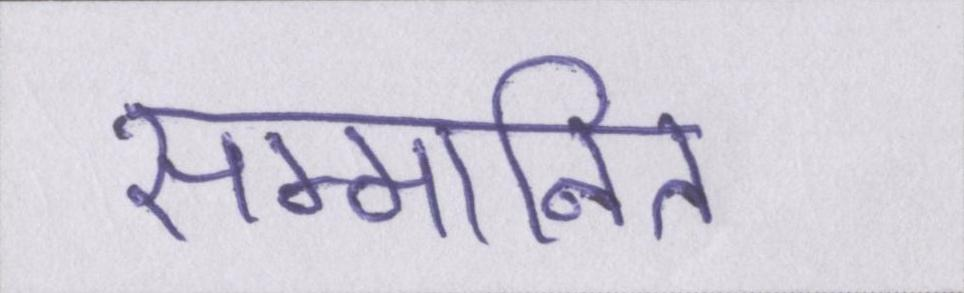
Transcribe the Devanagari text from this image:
सम्मानित